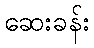
ဆေးခန်း